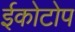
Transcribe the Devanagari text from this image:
ईकोटोप